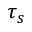
\tau _ { s }